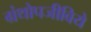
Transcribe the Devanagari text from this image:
ग्रंथोपजीविये